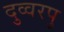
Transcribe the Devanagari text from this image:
दुव्वरपु